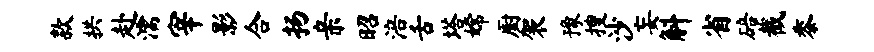
款拱赴濡宰影合扬亲昭涪舌塔嫦厨袈豫搜沙妄斛省碚截黍